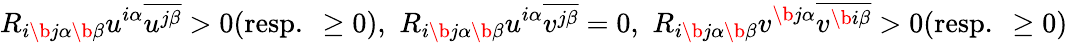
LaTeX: R_{i\b{j}\alpha\b{\beta}}u^{i\alpha}\overline{{u^{j\beta}}}>0(\mathrm{resp.~}\geq 0),\, \, R_{i\b{j}\alpha\b{\beta}}u^{i\alpha}\overline{{v^{j\beta}}}=0,\, \, R_{i\b{j}\alpha\b{\beta}}v^{\b{j}\alpha}\overline{{v^{\b{i}\beta}}}>0(\mathrm{resp.~}\geq 0)